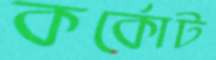
কর্কোট